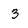
Character: 3